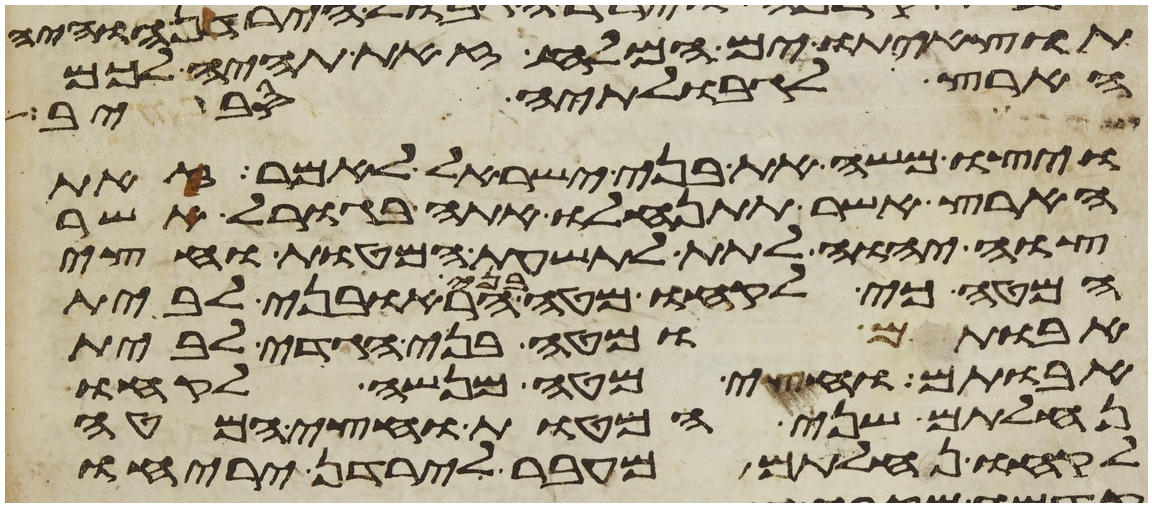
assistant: תוצאיתו ים המלח זאת תהיה לכם
הארץ לגבולתיה סביב
ויצו משה את בני ישראל לאמר זאת
הארץ אשר תתנחלו אתה בגורל אשר
צוה יהוה לתת לתשעת המטות וחצי
המטה כי לקחו מטה בני הראובני לבית
אבותם ומטה בני הגדי לבית
אבותם וחצי מטה מנשה לקחו
נחלתם שני המטות וחצי המטה
לקחו נחלתם מעבר לירדן יריחו